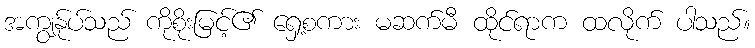
အကျွန်ုပ်သည် ကိုစိုးမြင့်၏ ရှေ့စကား မဆက်မီ ထိုင်ရာက ထလိုက် ပါသည်။